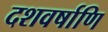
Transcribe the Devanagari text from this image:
दशवर्षाणि